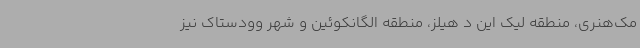
مک‌هنری، منطقه لیک این د هیلز، منطقه الگانکوئین و شهر وودستاک نیز